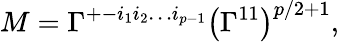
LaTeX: M=\Gamma^{+-i_{1}i_{2}\dots i_{p-1}}\bigl(\Gamma^{11}\bigr)^{p/2+1},